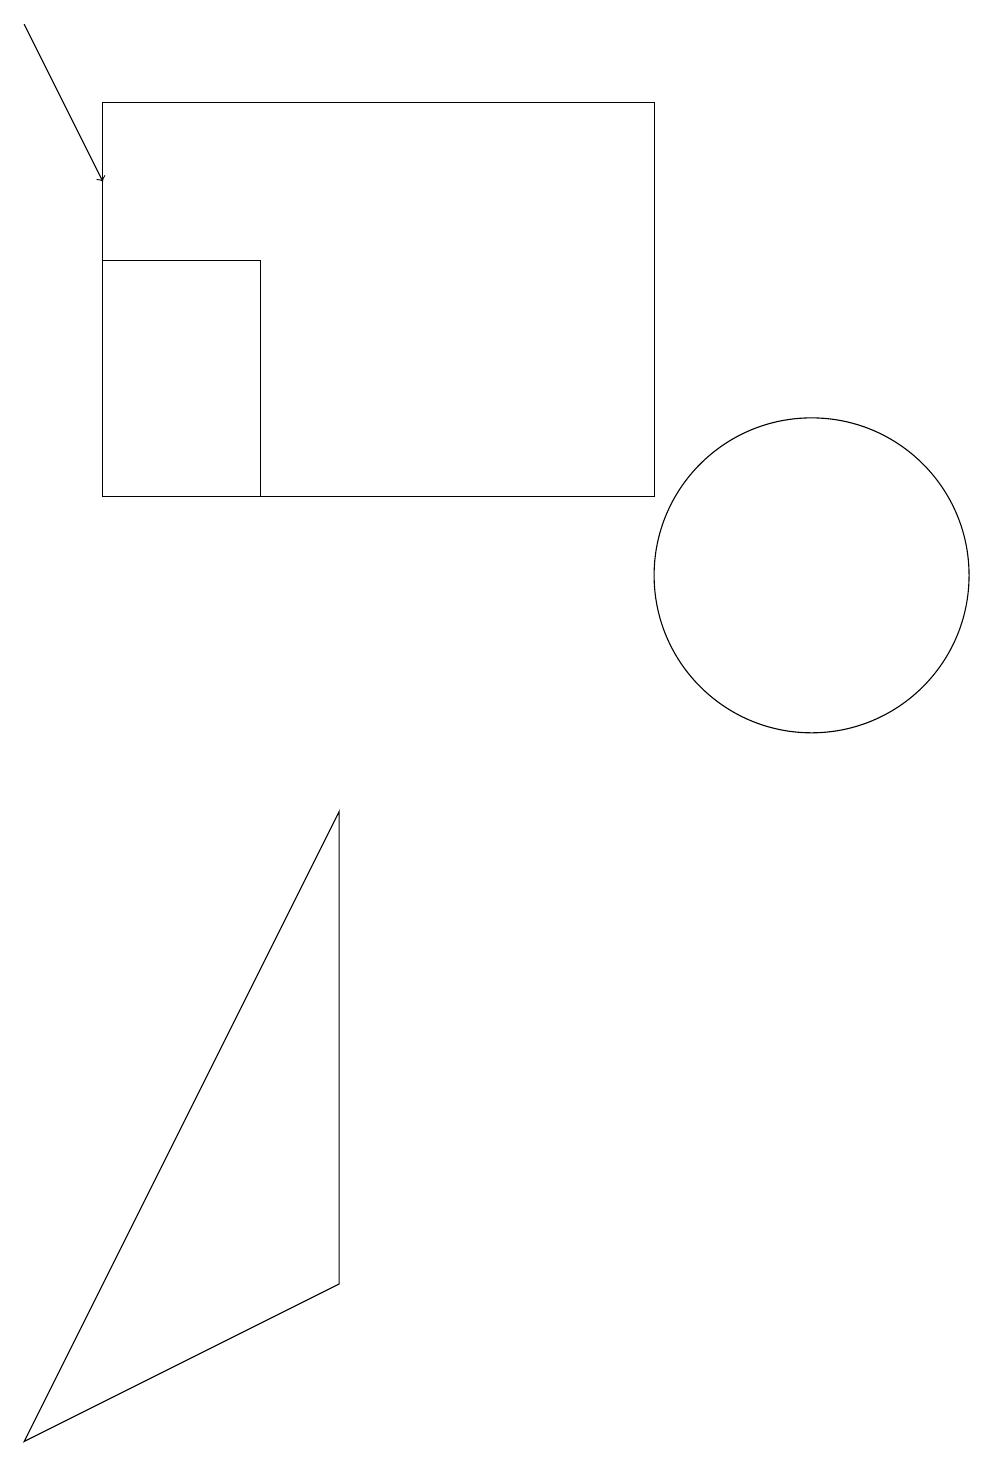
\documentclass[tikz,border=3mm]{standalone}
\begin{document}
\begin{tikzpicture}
\draw (1,13) rectangle (8,18);
\draw (10,12) circle (2);
\draw (1,16) rectangle (3,13);
\draw[->] (0,19) -- (1,17);
\draw (4,3) -- (4,9) -- (0,1) -- cycle;
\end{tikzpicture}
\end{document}